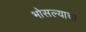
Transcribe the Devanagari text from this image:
भोसल्याचा